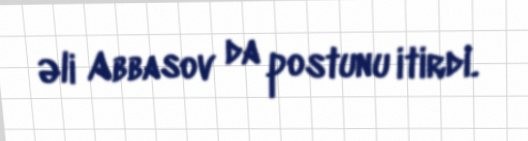
Əli Abbasov da postunu itirdi.